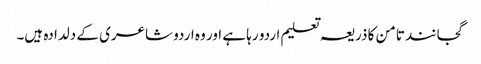
گجانند تامن کا ذریعہ تعلیم اردو رہا ہے اور وہ اردو شاعری کے دلدادہ ہیں۔